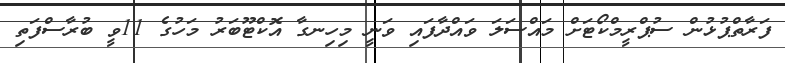
ފަރާތްޕުޅުން ސުޕްރީމްކޯޓަށް މައްސަލަ ވައްދާފައި ވަނީ މިހިނގާ އޮކްޓޫބަރު މަހުގެ 11ވީ ބުރާސްފަތި